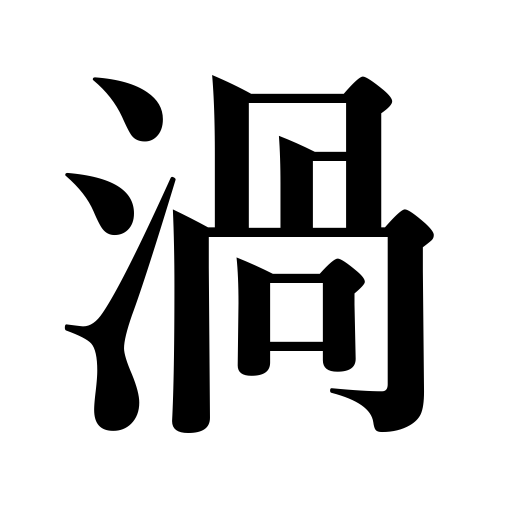
Meanings: vortex,eddy,whirlpool